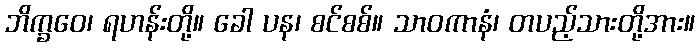
ဘိက္ခဝေ၊ ရဟန်းတို့။ ခေါ ပန၊ စင်စစ်။ သာဝကာနံ၊ တပည့်သားတို့အား။